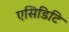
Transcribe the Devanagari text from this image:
एसिडिटि